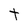
Character: t